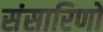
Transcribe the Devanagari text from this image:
संसारिणो